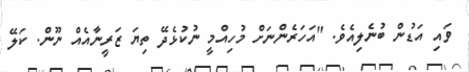
ވައި އަޑުން ބުނެލިއެވެ. "އަހަރެންނަށް މުހިއްމީ ނުކުޅެދޭ ތިޔަ ޒަރީނާއެއް ނޫން. ކަލޭ